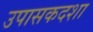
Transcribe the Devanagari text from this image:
उपासकदशा